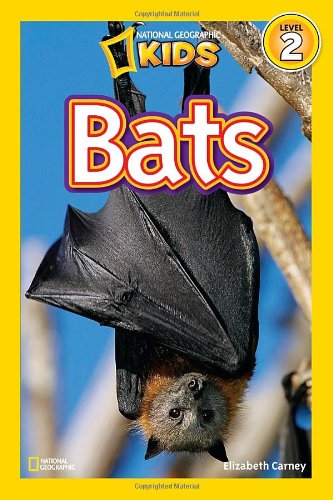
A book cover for National Geographic Readers: Bats; Elizabeth Carney; Children's Books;